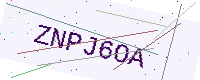
Text: ZNPJ6OA